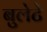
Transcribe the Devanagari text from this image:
बुलेटे